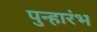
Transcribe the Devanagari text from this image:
पुन्हारंभ